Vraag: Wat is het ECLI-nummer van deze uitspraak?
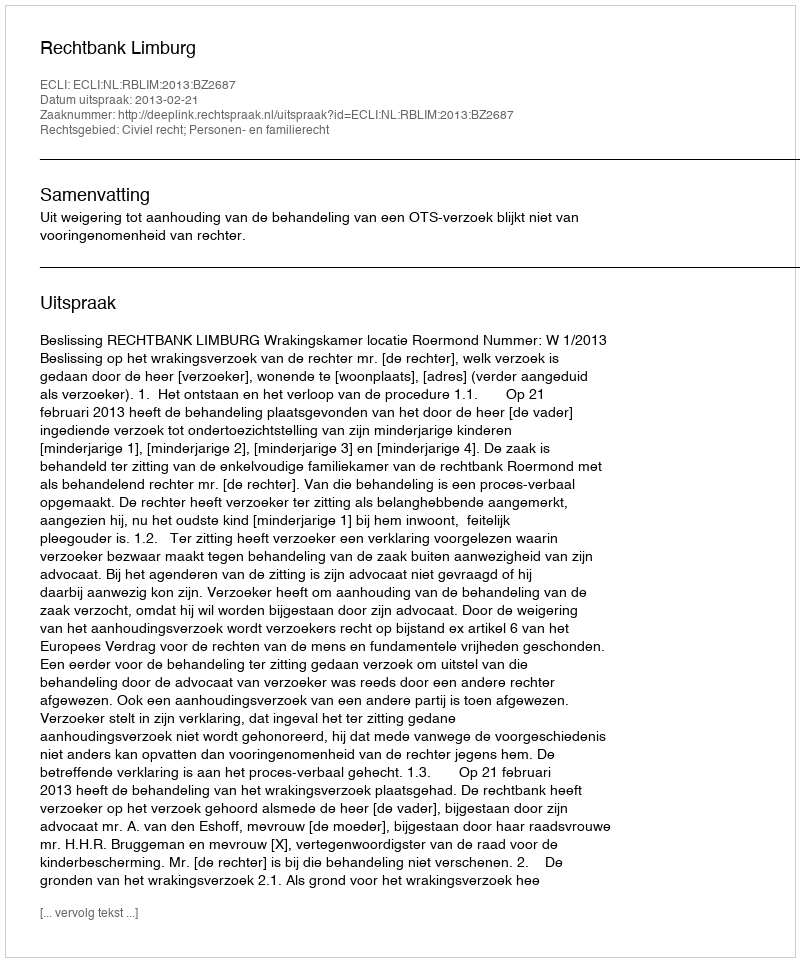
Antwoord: ECLI:NL:RBLIM:2013:BZ2687